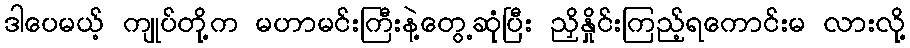
ဒါပေမယ့် ကျုပ်တို့က မဟာမင်းကြီးနဲ့တွေ့ဆုံပြီး ညှိနှိုင်းကြည့်ရကောင်းမ လားလို့